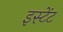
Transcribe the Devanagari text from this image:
इस्टेंट